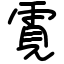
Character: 䨘